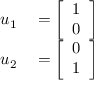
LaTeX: \begin{array} { r l } { u _ { 1 } } & { { } = { \left[ \begin{array} { l } { 1 } \\ { 0 } \end{array} \right] } } \\ { u _ { 2 } } & { { } = { \left[ \begin{array} { l } { 0 } \\ { 1 } \end{array} \right] } } \end{array}